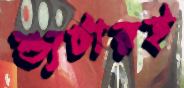
শ্যুটারই